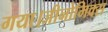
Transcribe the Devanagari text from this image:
गया।जीनोमिक्स